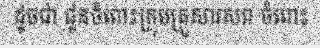
ដូចជា ជូនចំពោះក្រុមគ្រួសារសព ចំពោះ